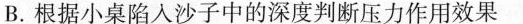
B.根据小桌陷入沙子中的深度判断压力作用效果